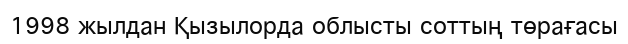
1998 жылдан Қызылорда облысты соттың төрағасы